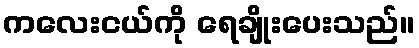
ကလေးငယ်ကို ရေချိုးပေးသည်။